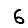
Digit: 6